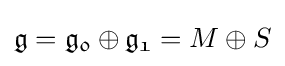
{\mathfrak {g}}={\mathfrak {g_{0}}}\oplus {\mathfrak {g_{1}}}=M\oplus S